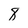
Character: 8